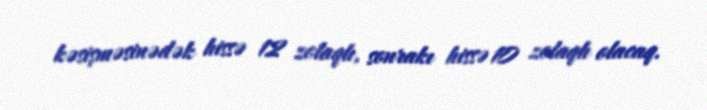
kəsişməsinədək hissə 12 zolaqlı, sonrakı hissə 10 zolaqlı olacaq.